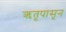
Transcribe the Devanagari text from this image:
ऋतूपासून